Vaccination in the Punjab 1905-1918 - 1905-1918
Year: 1905
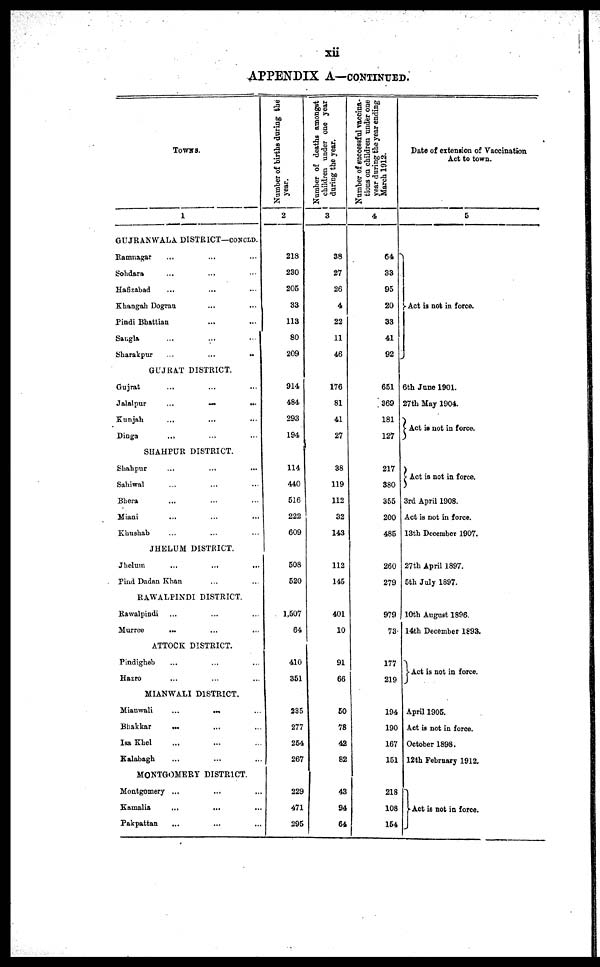
xii
APPENDIX A—CONTINUED.
TOWNS.
1
GUJRANWALA DISTRICT—CONCLD.
Ramnagar ... ... ...
Sohdara ... ... ...
Hafizabad ... ... ...
Khangah Dogran ... ... ...
Pindi Bhattian ... ... ...
Sangla ... ... ...
Sharakpur
...
...
...
GUJRAT DISTRICT.
Gujrat ... ... ...
Jalalpur
...
...
...
Kunjah ... ... ...
Dinga ... ... ...
SHAHPUR DISTRICT.
Shahpur
...
...
...
Sahiwal ... ... ...
Bhera ... ... ...
Miani ... ... ...
Khushab ... ... ...
JHELUM DISTRICT.
Jhelum ... ... ...
Pind Dadan Khan ... ... ...
RAWALPINDI DISTRICT.
Rawalpindi ... ... ...
Murree ... ... ...
ATTOCK DISTRICT.
Pindigheb ... ... ...
Hazro ... ... ...
MIANWALI DISTRICT.
Mianwali
...
...
...
Bhakkar ... ... ...
Isa Khel ... ... ...
Kalabagh ... ... ...
MONTGOMERY DISTRICT.
Montgomery ... ... ...
Kamalia ... ... ...
Pakpattan ... ... ...
Number of births daring the
year.
2
218
230
205
33
113
80
209
914
484
293
194
114
440
516
222
609
508
520
1,507
64
410
351
235
277
254
267
229
471
295
Number of deaths amongst
children under one year
during the year.
3
38
27
26
4
22
11
46
176
81
41
27
38
119
112
32
143
112
145
401
10
91
66
50
78
42
82
43
94
64
Number of successful vaccina-
tions on children under one
year during the year ending
March 1912.
4
64
33
95
20
33
41
92
651
369
181
127
217
380
355
200
485
260
279
979
73
177
219
194
190
167
151
218
108
154
Date of extension of Vaccination
Act to town.
5
Act is not in force.
6th June 1901.
27th May 1904.
Act is not in force.
Act is not in force.
3rd April 1908.
Act is not in force.
13th December 1907.
27th April 1897.
5th July 1897.
10th August 1896.
14th December 1893.
Act is not in force.
April 1905.
Act is not in force.
October 1898.
12th February 1912.
Act is not in force.